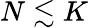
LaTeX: N\lesssim K